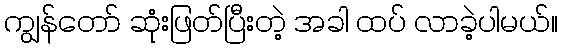
ကျွန်တော် ဆုံးဖြတ်ပြီးတဲ့ အခါ ထပ် လာခဲ့ပါမယ်။